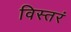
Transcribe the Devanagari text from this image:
विस्तरं